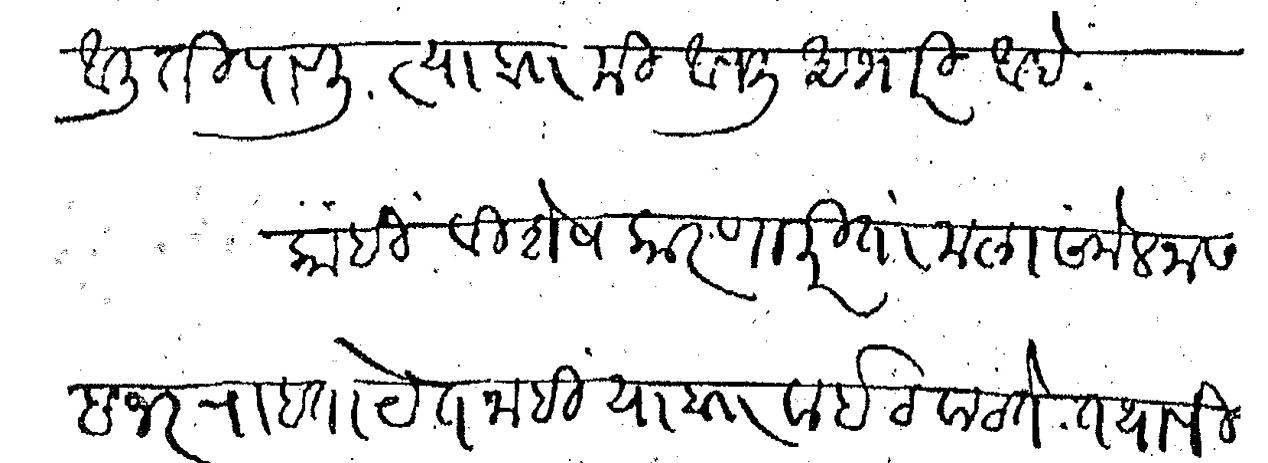
Transliteration (Devanagari): आली ती पावली त्याब मी आपली आभारी आहे काही विशेष कारणाकरिता मला संमेलनास हजर राहता येत नाही याब वाईट वाटते तथापि